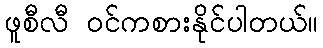
ဖူစီလီ ဝင်ကစားနိုင်ပါတယ်။